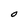
Character: O